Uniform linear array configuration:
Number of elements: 8
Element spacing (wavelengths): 0.75
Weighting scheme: kaiser
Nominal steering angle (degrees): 45
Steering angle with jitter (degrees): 43.005
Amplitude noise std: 0.05
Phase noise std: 0.05

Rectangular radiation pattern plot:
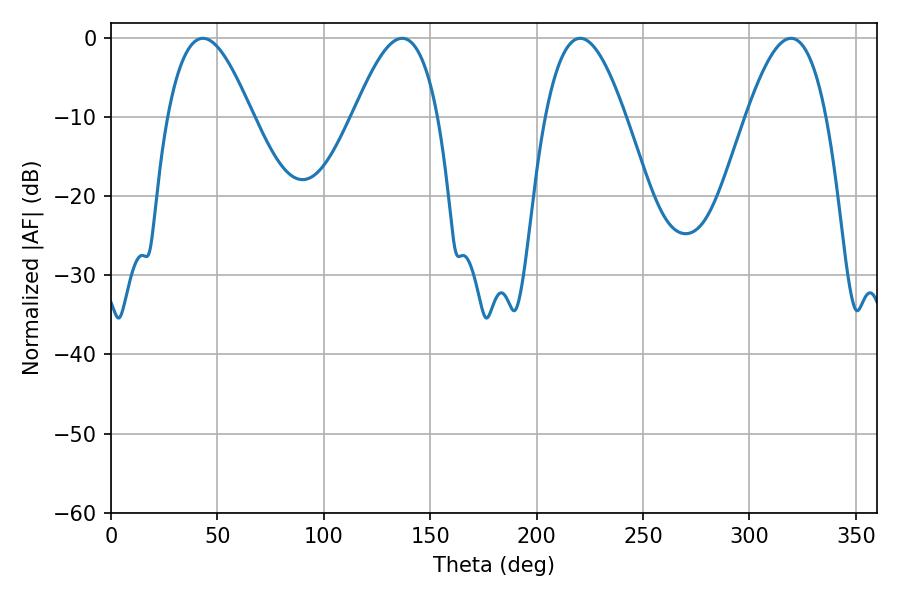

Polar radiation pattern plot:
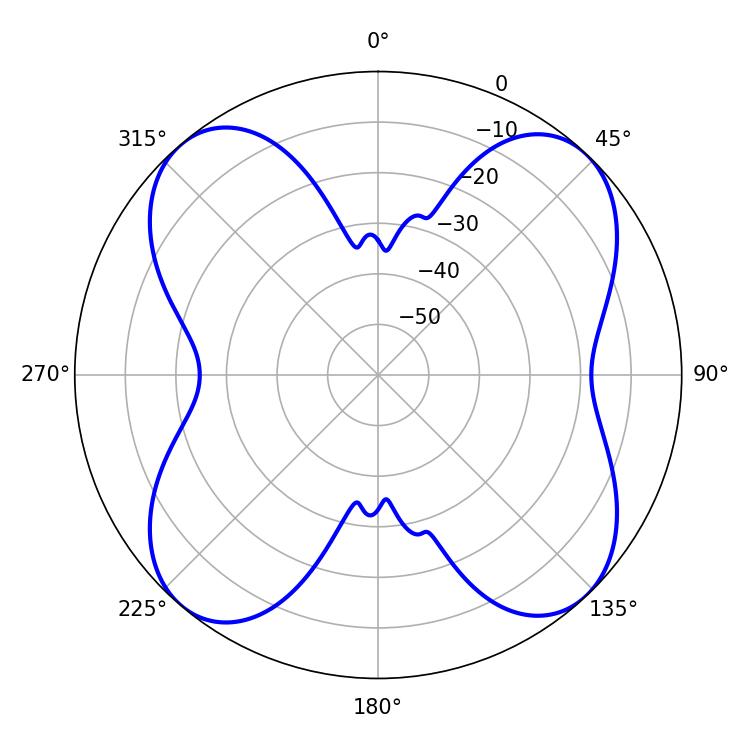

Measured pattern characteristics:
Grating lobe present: TRUE
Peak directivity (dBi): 14.551
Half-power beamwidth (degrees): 21.42
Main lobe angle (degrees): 43.2